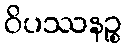
ဝိပဿနဉ္စ